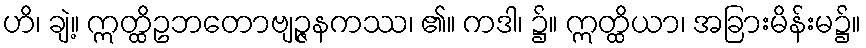
ဟိ၊ ချဲ့။ ဣတ္ထိဥဘတောဗျဉ္ဇနကဿ၊ ၏။ ကဒါ၊ ၌။ ဣတ္ထိယာ၊ အခြားမိန်းမ၌။